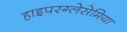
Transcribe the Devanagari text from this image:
हाइपरग्लेसेमिया